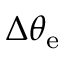
\Delta \theta _ { \mathrm { e } }